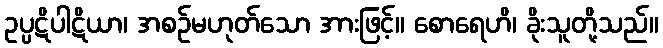
ဥပ္ပဋိပါဋိယာ၊ အစဉ်မဟုတ်သော အားဖြင့်။ စောရေဟိ၊ ခိုးသူတို့သည်။